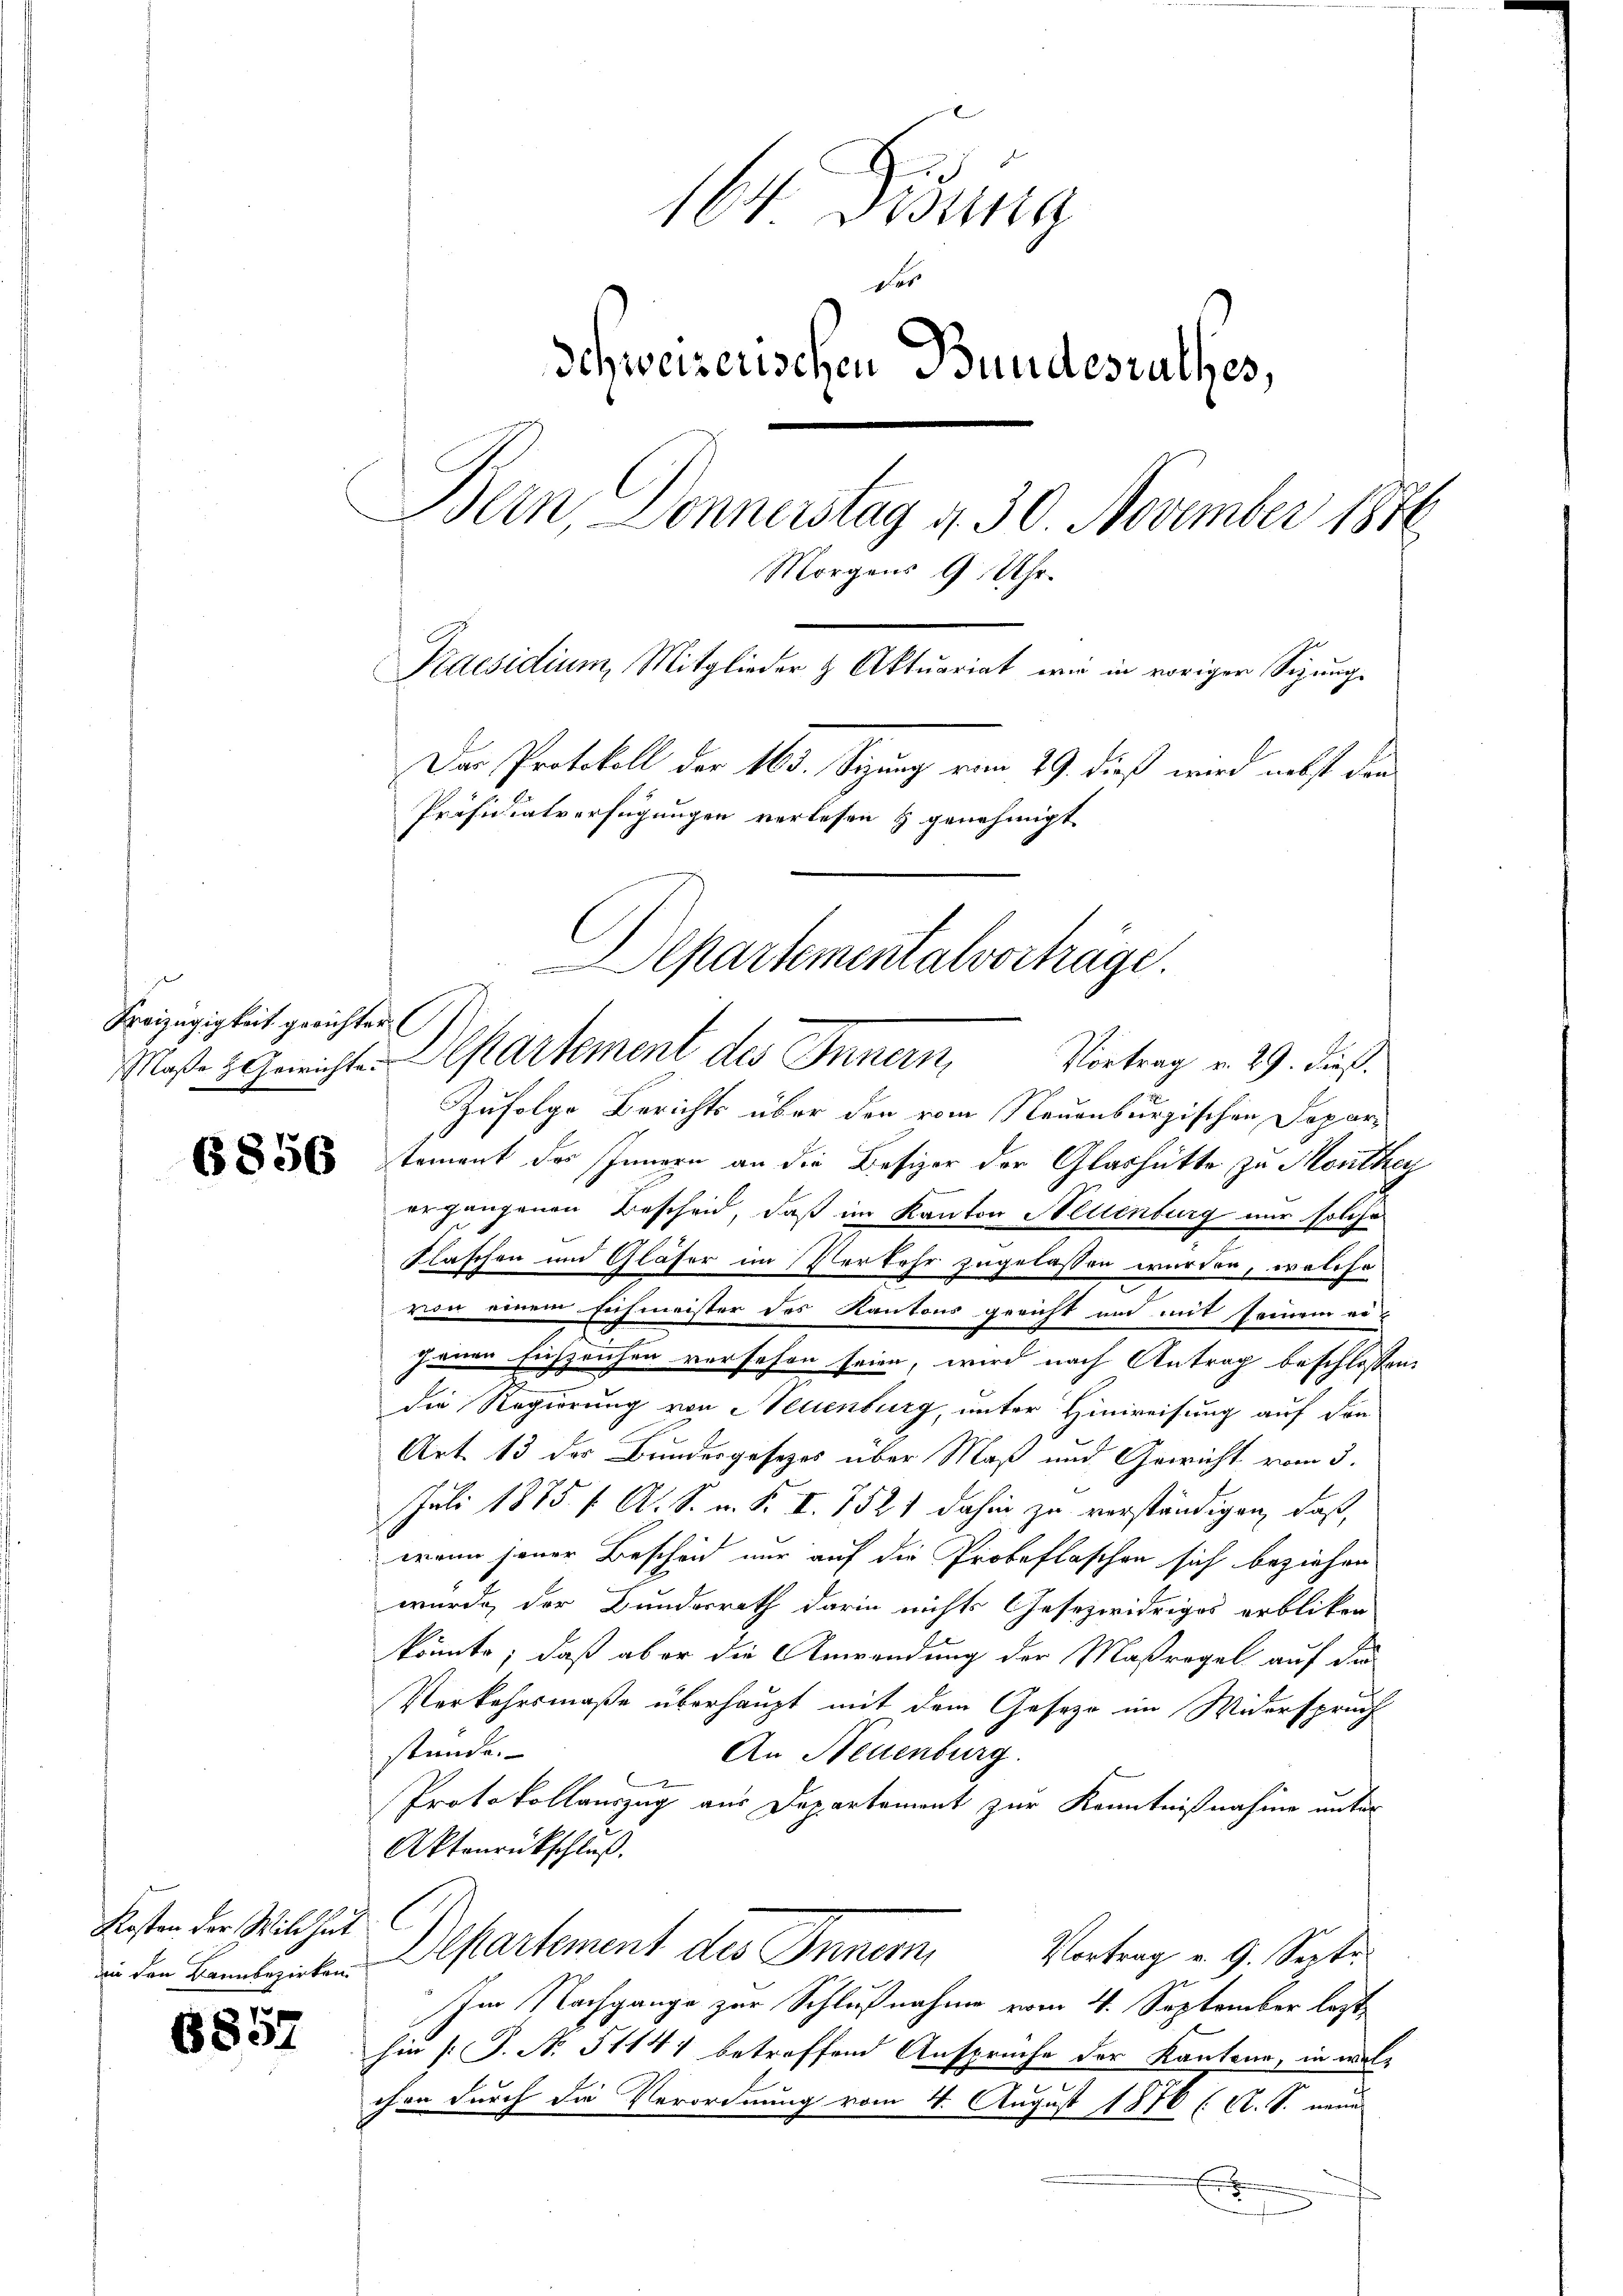
Kreizügigkeit gerichter.

wie den kann bezirken.

6852

164 Disung
d
Schweizerischen Bundesrathes,
Bern, Donnerstag d. 30. November 1846
Morgens 9 Uhr.
Praesidium, Mitglieder & Aktuariat wir in vorigen Sizunge
Der Protokoll der 163. Sizung vom 29. dieß wird nebst dann
Präsidialverfügungen verlesen & genehmigt.
Separtementalvorträge.

Vortrag v. 29. dieß.
Zufolge Berichts über den vom Neuenburgischen Departement der Innern an die Besizer der Glashütte zu Monthey
ergangenen Bescheid, daß im Kanton Neuenburg nur solche
Flaschen und Gläser im Verkehr zugelassen wurden, welche
von einem Eichmeister des Kantons gericht und mit seinem erjenen Eichzeichen versehen seien, wird nach Antrag beschlossen,
die Regierung von Neuenburg, unter Hinweisung auf den
Art. 13 der Bundesgesezes über Maß und Gewicht vom 3.
Juli 1875 f. A. S. u. F. I. 7521 dahin zu verständigen, daß
wann seiner Bescheid nur auf die Probeflaschen sich beziehen
wurde, der Bundesrath darin nichts Gesezwidriges erblicken
könnte; daß aber die Anwendung der Maßregel auf die
Verkehrsmaße überhaupt mit dem Gesetze im Widerspruch
stünde.
An Neuenburg.
Protokollauszug aus Departement zur Kenntnißnahme unter
Aktenrückschluß.
Kosten der Milches Departement des Innern,
Vortrag v. 9. Septe
Im Nachgange zur Schlußnahme vom 4. September lezt
hin [S. No. 51141 betreffend Ansprüche der Kantone, in wel-
chen durch die Verordnung vom 4. August 1876 (A. S. neue
E

Maße 3. Gerichte. Departement des Innern,